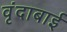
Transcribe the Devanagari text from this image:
वृंदाबाई